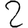
Digit: 2